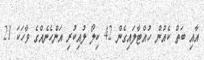
އާއި ބަތް ކެއުން ހުއްޓާލައިގެން 42 ކިލޯ ލުއިކުރި އަންހެނެއްގެ ވާހަކަ 21